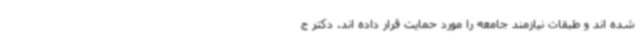
شده اند و طبقات نیازمند جامعه را مورد حمایت قرار داده اند. دکتر ج